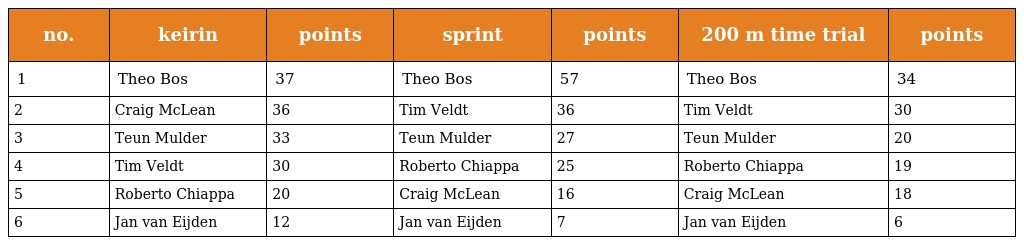
| no. | keirin | points | sprint | points | 200 m time trial | points |
 | --- | --- | --- | --- | --- | --- | --- |
 | 1 | Theo Bos | 37 | Theo Bos | 57 | Theo Bos | 34 |
 | 2 | Craig McLean | 36 | Tim Veldt | 36 | Tim Veldt | 30 |
 | 3 | Teun Mulder | 33 | Teun Mulder | 27 | Teun Mulder | 20 |
 | 4 | Tim Veldt | 30 | Roberto Chiappa | 25 | Roberto Chiappa | 19 |
 | 5 | Roberto Chiappa | 20 | Craig McLean | 16 | Craig McLean | 18 |
 | 6 | Jan van Eijden | 12 | Jan van Eijden | 7 | Jan van Eijden | 6 |